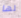
لها